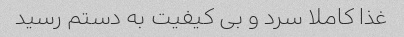
غذا کاملا سرد و بی کیفیت به دستم رسید